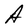
Character: A